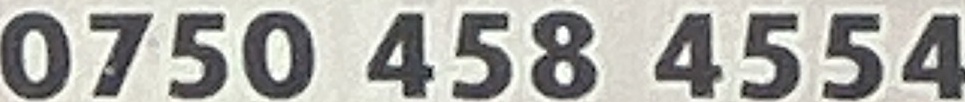
0750 458 4554